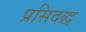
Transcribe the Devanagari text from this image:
प्रसिदद्ध